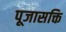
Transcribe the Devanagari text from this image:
पूजासक्ति